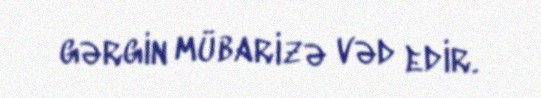
gərgin mübarizə vəd edir.